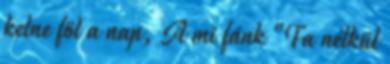
kelne föl a nap, A mi fánk "Fa nélkül